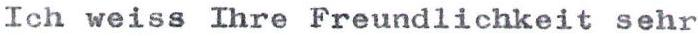
Ich weiss Ihre Freundlichkeit sehr